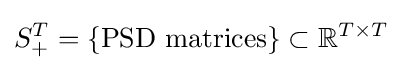
S_{+}^{T}=\{{\text{PSD matrices}}\}\subset \mathbb {R} ^{T\times T}